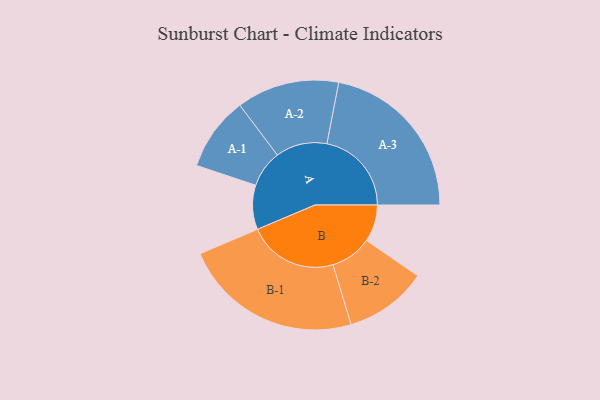
{"axis": {"x": "Segment", "y": "Value"}, "legend": ["", "A", "B"], "data": [{"x": "A", "y": 120, "type": ""}, {"x": "B", "y": 100, "type": ""}, {"x": "A-1", "y": 100, "type": "A"}, {"x": "A-2", "y": 139, "type": "A"}, {"x": "A-3", "y": 229, "type": "A"}, {"x": "B-1", "y": 243, "type": "B"}, {"x": "B-2", "y": 112, "type": "B"}]}